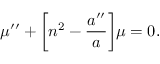
\mu ^ { \prime \prime } + \biggl [ n ^ { 2 } - \frac { a ^ { \prime \prime } } { a } \biggr ] \mu = 0 .